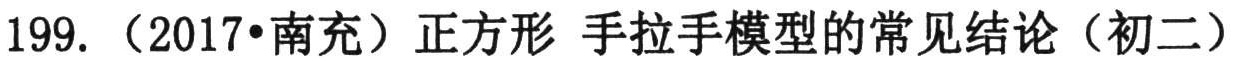
199. （2017•南充）正方形 手拉手模型的常见结论（初二）